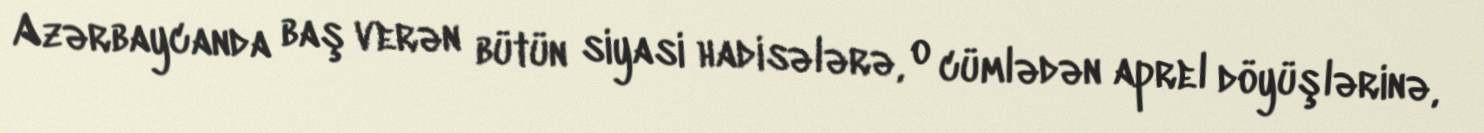
Azərbaycanda baş verən bütün siyasi hadisələrə, o cümlədən aprel döyüşlərinə,